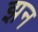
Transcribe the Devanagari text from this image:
झन